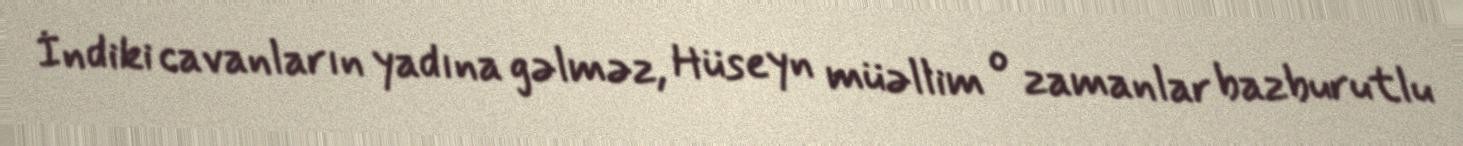
İndiki cavanların yadına gəlməz, Hüseyn müəllim o zamanlar bazburutlu